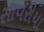
સાવરીયા